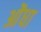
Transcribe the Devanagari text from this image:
ओंधा